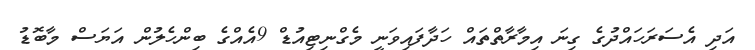
އަދި އެސަރަހައްދުގެ ގިނަ އިމާރާތްތައް ހަދާފައިވަނީ މެގްނިޓިއުޑް 9އެއްގެ ބިންހެލުން އަޔަސް މާބޮޑު